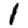
Digit: 1